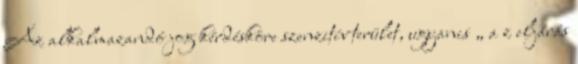
Az alkalmazandó jog kérdésköre szenzitív terület, ugyanis „ a z eljárás